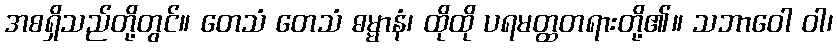
အစရှိသည်တို့တွင်။ တေသံ တေသံ ဓမ္မာနံ၊ ထိုထို ပရမတ္ထတရားတို့၏။ သဘာဝေါ ဝါ၊